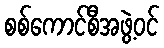
စစ်ကောင်စီအဖွဲ့ဝင်